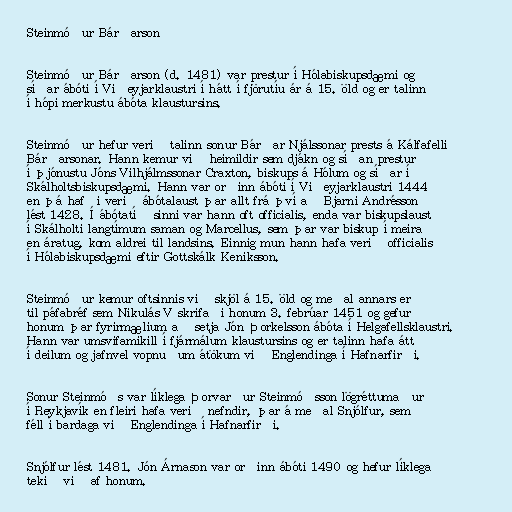
Steinmóður Bárðarson

Steinmóður Bárðarson (d. 1481) var prestur í Hólabiskupsdæmi og
síðar ábóti í Viðeyjarklaustri í hátt í fjörutíu ár á 15. öld og er talinn
í hópi merkustu ábóta klaustursins.

Steinmóður hefur verið talinn sonur Bárðar Njálssonar prests á Kálfafelli
Bárðarsonar. Hann kemur við heimildir sem djákn og síðan prestur
í þjónustu Jóns Vilhjálmssonar Craxton, biskups á Hólum og síðar í
Skálholtsbiskupsdæmi. Hann var orðinn ábóti í Viðeyjarklaustri 1444
en þá hafði verið ábótalaust þar allt frá því að Bjarni Andrésson
lést 1428. Í ábótatíð sinni var hann oft officialis, enda var biskupslaust
í Skálholti langtímum saman og Marcellus, sem þar var biskup í meira
en áratug, kom aldrei til landsins. Einnig mun hann hafa verið officialis
í Hólabiskupsdæmi eftir Gottskálk Keniksson.

Steinmóður kemur oftsinnis við skjöl á 15. öld og meðal annars er
til páfabréf sem Nikulás V skrifaði honum 3. febrúar 1451 og gefur
honum þar fyrirmælium að setja Jón Þorkelsson ábóta í Helgafellsklaustri.
Hann var umsvifamikill í fjármálum klaustursins og er talinn hafa átt
í deilum og jafnvel vopnuðum átökum við Englendinga í Hafnarfirði.

Sonur Steinmóðs var líklega Þorvarður Steinmóðsson lögréttumaður
í Reykjavík en fleiri hafa verið nefndir, þar á meðal Snjólfur, sem
féll í bardaga við Englendinga í Hafnarfirði.

Snjólfur lést 1481. Jón Árnason var orðinn ábóti 1490 og hefur líklega
tekið við af honum.